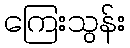
ကြေးသွန်း